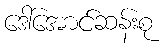
ဒေါ်အောင်ဆန်းစု